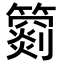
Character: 𥵲